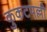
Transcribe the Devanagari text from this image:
कुकटपल्ली